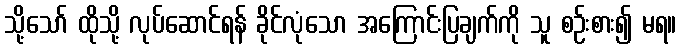
သို့သော် ထိုသို့ လုပ်ဆောင်ရန် ခိုင်လုံသော အကြောင်းပြချက်ကို သူ စဉ်းစား၍ မရ။